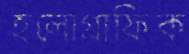
হলোগ্রাফিক